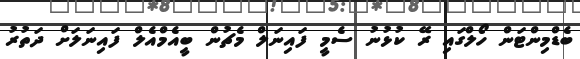
ބެޑްމިންޓަން ހޯލްގައި ރޭ ކުޅުނު ސެމީ ފައިނަލް މެޗުން ބީއެމްއެލް ފައިނަލަށް ދަތުރު